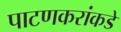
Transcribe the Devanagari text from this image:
पाटणकरांकडे